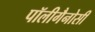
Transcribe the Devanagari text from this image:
पॉलीगैनोसी